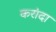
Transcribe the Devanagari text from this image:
करांदा